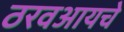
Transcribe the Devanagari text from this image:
ठरवआयचे